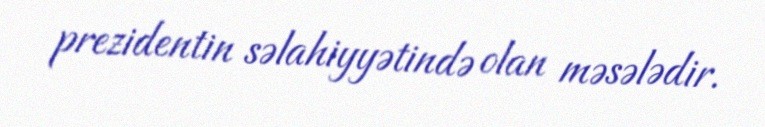
prezidentin səlahiyyətində olan məsələdir.